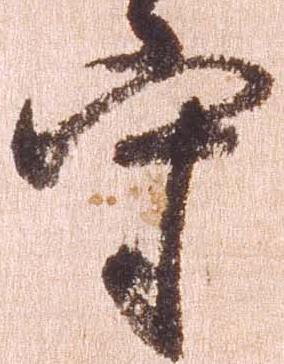
守